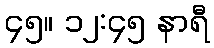
၄၅။ ၁၂:၄၅ နာရီ